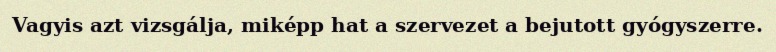
Vagyis azt vizsgálja, miképp hat a szervezet a bejutott gyógyszerre.